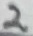
Text: 2